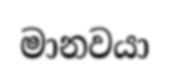
මානවයා